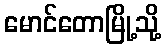
မောင်တောမြို့သို့